Civil Veterinary Dept. Bombay admin report 1932-41 - 1932-1941
Year: 1932
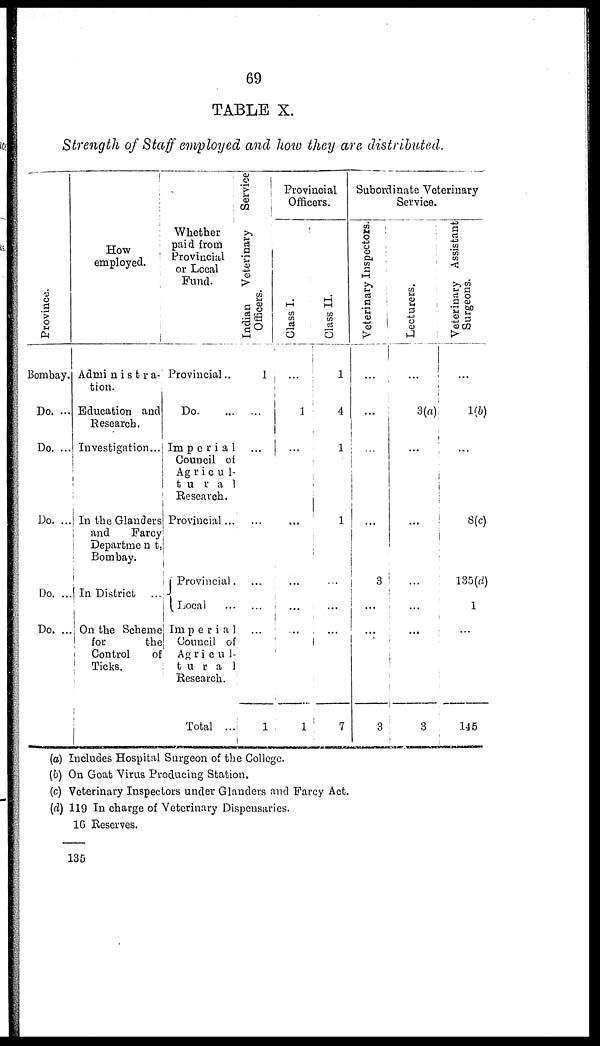
69
TABLE X.
Strength of Staff employed and how they are distributed.
Province.
Bombay.
Do. ...
Do. ...
Do. ...
Do. ..
Do. ...
How
employed.
Administra-
tion.
Education and
Research.
Investigation...
In the Glanders
and
Farcy
Department
Bombay.
In District
On the Scheme
for
the
Control
of
Ticks.
Whether
paid from
Provincial
or Local
Fund.
Provincial.
Do....
Imperia1
Council of
Agricu1-
tura1
Research.
Provincial...
Provincial.
Local ...
Imperia1
Council of
Agricul-
tural
Research.
Total ...
Indian Veterinary
Service
Officers.
1
...
...
...
...
...
1
Provincial
Officers.
Class I.
...
...
...
...
...
...
...
1
Class II.
1
4
1
1
...
...
7
Subordinate Veterinary
Service.
Veterinary Inspectors.
...
...
...
...
3
...
3
Lecturers.
...
3(a)
...
...
...
...
3
Veterinary Assistant
Surgeons.
...
1(b)
...
8(c)
135(d)
1
...
145
(a) Includes Hospital Surgeon of the College.
(b) On Goat Virus Producing Station.
(c) Veterinary Inspectors under Glanders and Farcy Act.
(d) 119 In charge of Veterinary Dispensaries.
16 Reserves.
135